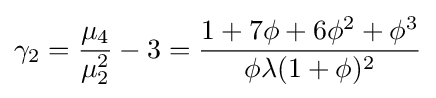
\gamma _{2}={\frac {\mu _{4}}{\mu _{2}^{2}}}-3={\frac {1+7\phi +6\phi ^{2}+\phi ^{3}}{\phi \lambda (1+\phi )^{2}}}